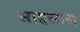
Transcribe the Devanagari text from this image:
साहसास्